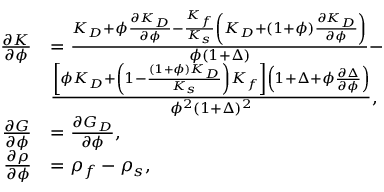
\begin{array} { r } { \begin{array} { r l } { \frac { \partial K } { \partial \phi } } & { = \frac { K _ { D } + \phi \frac { \partial K _ { D } } { \partial \phi } - \frac { K _ { f } } { K _ { s } } \left( K _ { D } + ( 1 + \phi ) \frac { \partial K _ { D } } { \partial \phi } \right) } { \phi ( 1 + \Delta ) } - } \\ & { \frac { \left[ \phi K _ { D } + \left( 1 - \frac { ( 1 + \phi ) K _ { D } } { K _ { s } } \right) K _ { f } \right] \left( 1 + \Delta + \phi \frac { \partial \Delta } { \partial \phi } \right) } { \phi ^ { 2 } ( 1 + \Delta ) ^ { 2 } } , } \\ { \frac { \partial G } { \partial \phi } } & { = \frac { \partial G _ { D } } { \partial \phi } , } \\ { \frac { \partial \rho } { \partial \phi } } & { = \rho _ { f } - \rho _ { s } , } \end{array} } \end{array}